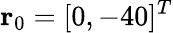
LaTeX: \textbf{r}_{0}=[0,-40]^{T}